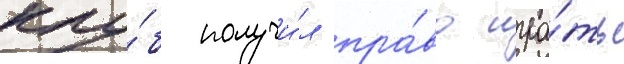
клу́б получи́л пра́во игра́ть